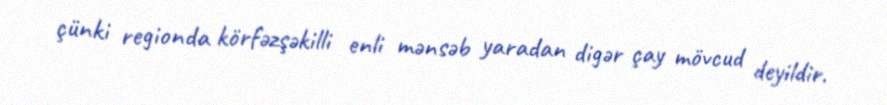
çünki regionda körfəzşəkilli enli mənsəb yaradan digər çay mövcud deyildir.